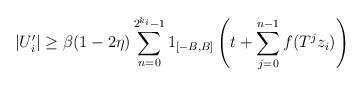
LaTeX: \begin{align*}|U_i'| \ge \beta (1-2\eta) \sum_{n=0}^{2^{k_i} - 1} 1_{[-B,B]} \left( t + \sum_{j=0}^{n-1} f(T^j z_i) \right)\end{align*}